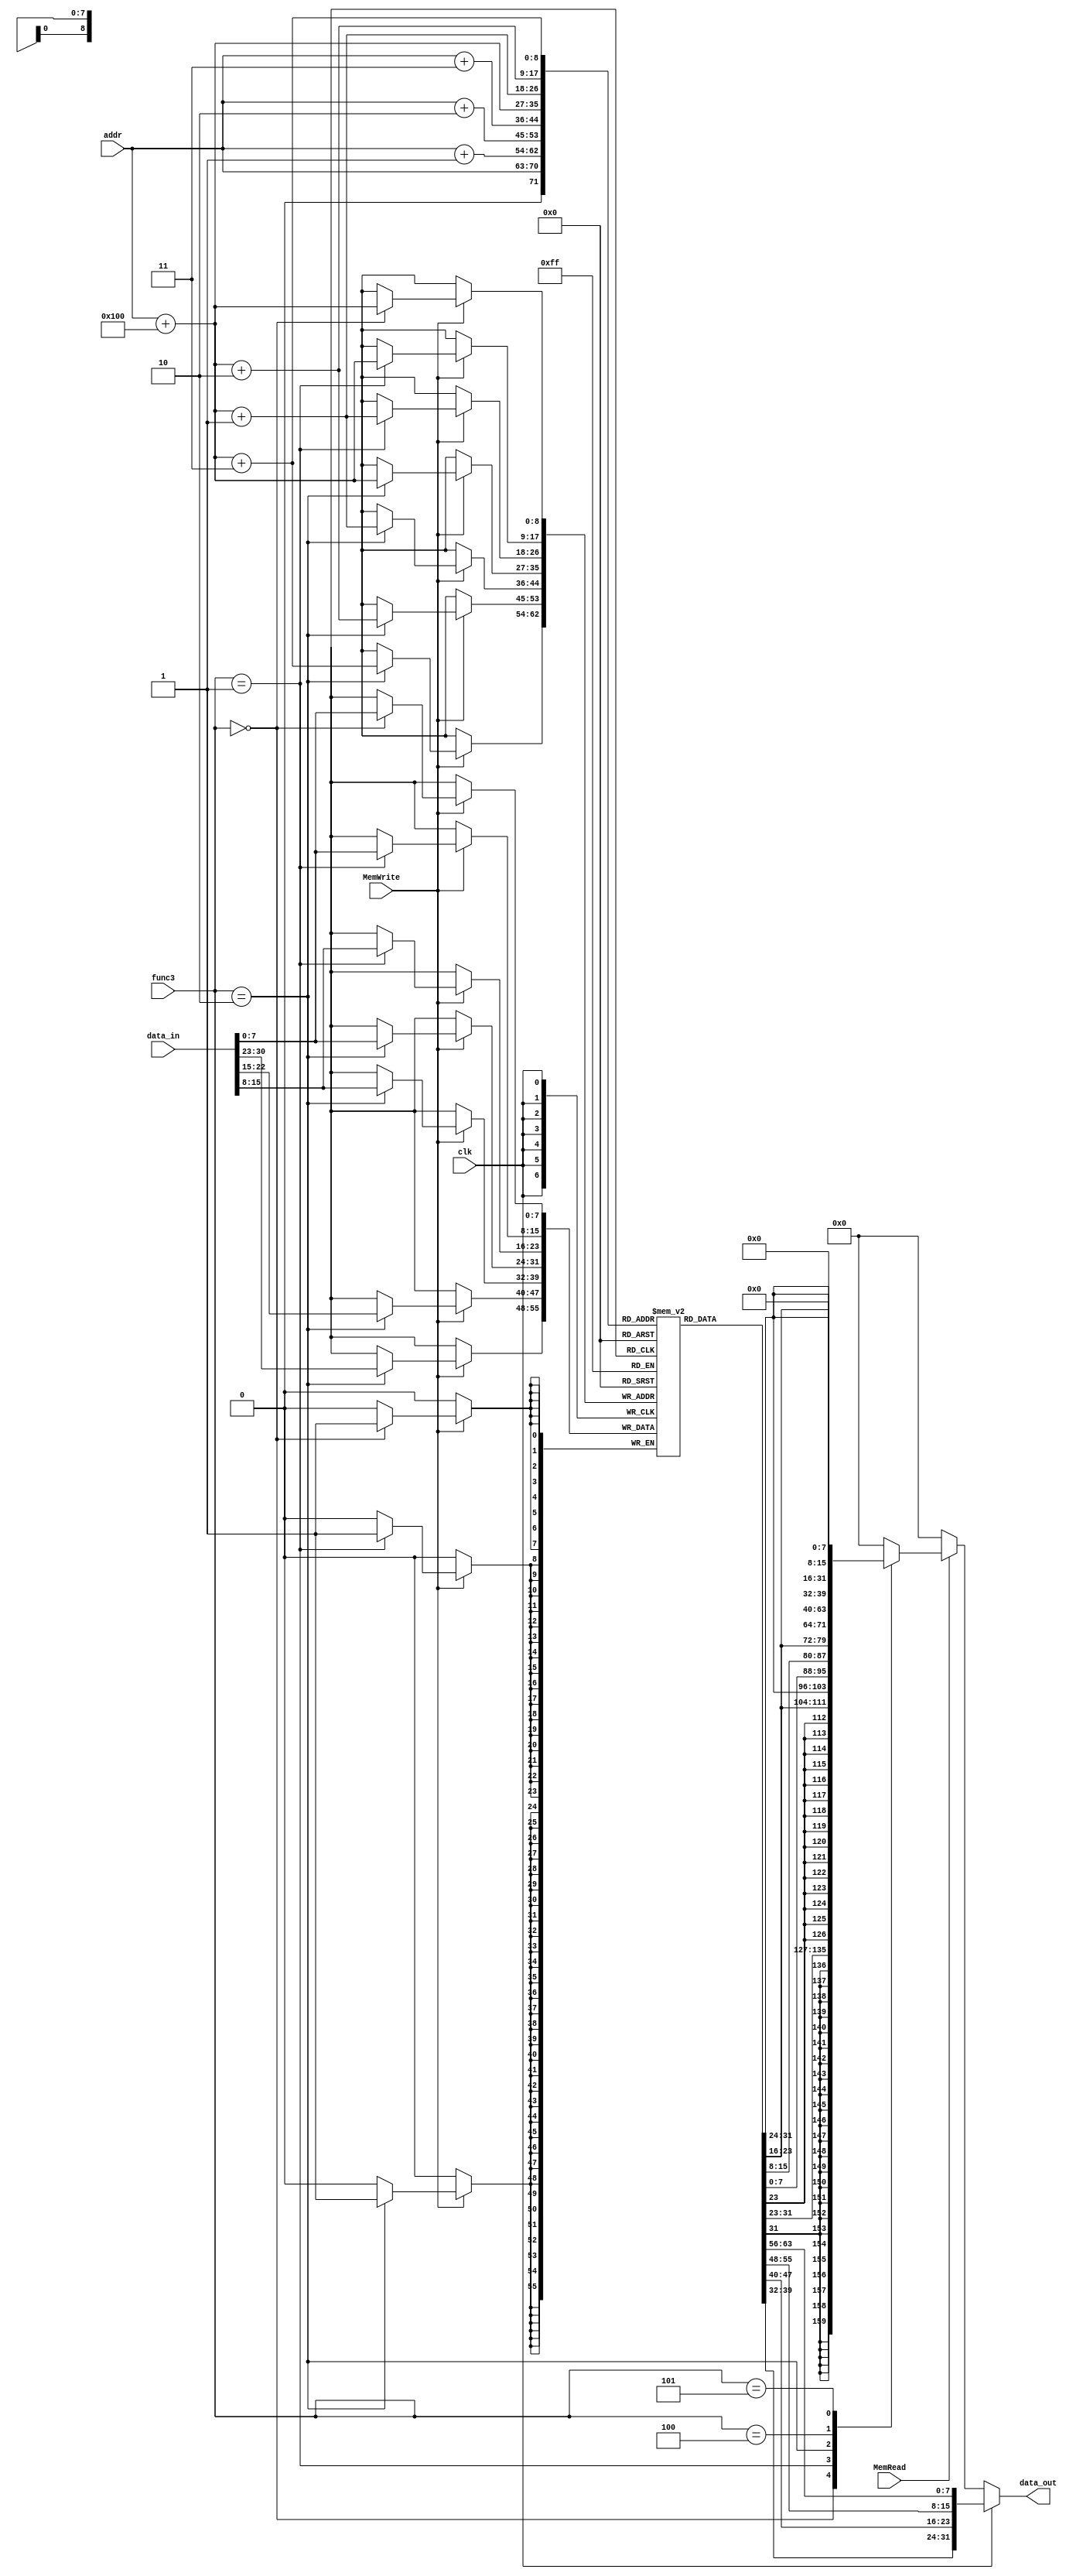
`timescale 1ns / 1ps
//////////////////////////////////////////////////////////////////////////////////
// Company: 
// Engineer: 
// 
// Design Name: 
// Module Name: Single_memory
// Project Name: 
// Target Devices: 
// Tool Versions: 
// Description: 
// 
// Dependencies: 
// 
// Revision:
// Revision 0.01 - File Created
// Additional Comments:
// 
//////////////////////////////////////////////////////////////////////////////////


module Single_memory(input clk, input MemRead,input [2:0]func3, input MemWrite,input [7:0] addr,input [31:0] data_in, output reg [31:0] data_out);

     reg [7:0] mem [0:510]; //255 + 255 = 510
     localparam [8:0] pointer = 256; // 100000000    //  points to the first row reserved for data
     wire [8:0] data_address;
     assign data_address = addr + pointer;    // 8 bits + 9 bits = 9 bits
     
     // for reading
     always @(*)begin 
         if(clk == 1)  // there is no need to test whtether MemRead == 1 as we will not write instructions and we are always reading instructions to the memory
             data_out = {mem[addr+3],mem[addr+2],mem[addr+1],mem[addr]};  // read instriction
         else begin
            if(MemRead == 1) 
                    begin 
                      case(func3) 
                          3'b000: data_out <= {{24{mem[data_address][7]}},mem[data_address]};//lb
                          3'b001: data_out <= {{16{mem[data_address+1][7]}},mem[data_address+1],mem[data_address]};//lh       
                          3'b010: data_out <= {mem[data_address+3],mem[data_address+2],mem[data_address+1],mem[data_address]};//lw         
                          3'b100: data_out <= {24'd0,mem[data_address]};//lbu
                          3'b101: data_out <= {16'd0,mem[data_address+1],mem[data_address]};//lhu
                          default: data_out <= 0;
                      endcase
                    end
                  else data_out <= 0 ;
         end
     end
     
     // for data writing
     always @(posedge clk)begin 
         if(MemWrite==1)
             case(func3) 
                   3'b000: mem[data_address] = data_in[7:0]; //sb
                   3'b001: 
                       begin 
                       {mem[data_address+1],mem[data_address]} = {data_in[15:8],data_in[7:0]};
                       end
                   3'b010:
                        begin 
                         {mem[data_address+3],mem[data_address+2],mem[data_address+1],mem[data_address]} = {data_in[31:24],data_in[23:15],data_in[15:8],data_in[7:0]};
                        end
             endcase
     end
     
     initial begin
     //instructions block
// Initialize instructions in memory for a RISC-V processor
     // {mem[high], mem[high-1], mem[low+1], mem[low]} = 32-bit Instruction
//    {mem[3],mem[2],mem[1],mem[0]} = 32'b0000000_00000_00000_000_00000_0110011; // add x0, x0, x0          0  
//     {mem[7], mem[6], mem[5], mem[4]} = 32'b00000000000000011111000010110111; // lui x1, 31
//     {mem[11], mem[10], mem[9], mem[8]} = 32'b00000000000000010000000100010111; // auipc x2, 16
//     {mem[15], mem[14], mem[13], mem[12]} = 32'b00000001000000000000000111101111; // jal x3, 16
//     {mem[19], mem[18], mem[17], mem[16]} = 32'b00000000011000101000001010110011; // add x5, x5, x6
//     {mem[23], mem[22], mem[21], mem[20]} = 32'b01000000010000101000001010110011; // sub x5, x5, x4
//     {mem[27], mem[26], mem[25], mem[24]} = 32'b00000000000000011000001101100111; // jalr x6, x3, 0
//     {mem[31], mem[30], mem[29], mem[28]} = 32'b00000010001000001000001000110011; // mul x4, x1, x2
//     {mem[35], mem[34], mem[33], mem[32]} = 32'b00000010000100100100001010110011; // div x5, x4, x1
//     {mem[39], mem[38], mem[37], mem[36]} = 32'b00000010000100100110001100110011; // rem x6, x4, x1
//     {mem[43], mem[42], mem[41], mem[40]} = 32'b00000010000100100110001100110011; // jalr x7, x3, 0


//     //Instructions block
         {mem[3],mem[2],mem[1],mem[0]}    =32'b0000000_00000_00000_000_00000_0110011 ; //add x0, x0, x0          0                   
         {mem[7],mem[6],mem[5],mem[4]}    =32'b000000000000_00000_010_00001_0000011 ; //lw x1, 0(x0)             17                  
         {mem[11],mem[10],mem[9],mem[8]}  =32'b000000000100_00000_010_00010_0000011 ; //lw x2, 4(x0)             9 
         {mem[15],mem[14],mem[13],mem[12]}=32'b000000001000_00000_010_00011_0000011 ; //lw x3, 8(x0)             25
         {mem[19],mem[18],mem[17],mem[16]}=32'b0000000_00010_00001_110_00100_0110011 ; //or x4, x1, x2           25
         {mem[23],mem[22],mem[21],mem[20]}=32'b00000000001100100000010001100011; //beq x4, x3, 8
         {mem[27],mem[26],mem[25],mem[24]}=32'b0000000_00010_00001_000_00011_0110011 ; //add x3, x1, x2          *
         {mem[31],mem[30],mem[29],mem[28]}=32'b0000000_00010_00011_000_00101_0110011 ; //add x5, x3, x2    34 <--*
         {mem[35],mem[34],mem[33],mem[32]}=32'b0000000_00101_00000_010_01100_0100011; //sw x5, 12(x0) 0          *
         {mem[39],mem[38],mem[37],mem[36]}=32'b000000001100_00000_010_00110_0000011 ; //lw x6, 12(x0)  34        *
         {mem[43],mem[42],mem[41],mem[40]}=32'b0000000_00001_00110_111_00111_0110011 ; //and x7, x6, x1 0    
         {mem[47],mem[46],mem[45],mem[44]}=32'b0100000_00010_00001_000_01000_0110011 ; //sub x8, x1, x2  8       8
         {mem[51],mem[50],mem[49],mem[48]}=32'b0000000_00010_00001_000_00000_0110011 ; //add x0, x1, x2  26      26
         {mem[55],mem[54],mem[53],mem[52]}=32'b0000000_00001_00000_000_01001_0110011 ; //add x9, x0, x1 17       17

//    //Data block
        {mem[259],mem[258],mem[257],mem[256]}=32'd17; 
        {mem[263],mem[262],mem[261],mem[260]}=32'd9; 
        {mem[267],mem[266],mem[265],mem[264]}=32'd25;
    end
    
    
    
endmodule